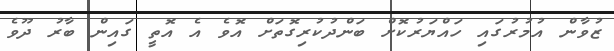
ޒުވާން އުމުރުގައި ހައްޔަރުކޮށް ބަންދުކުރިގޮތަށް އޮވެ އެ އޮތީ ގައިން ބާރު ދޫވެ